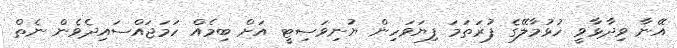
އޭނާ ވިދާޅާވީ ހުޅުމާލޭގެ ފުރަތަމަ ފިޔަވަހިން ޔުނިވަސިޓީ އަށް ބިމެއް ހަމަޖައްސައިދެވެން ނެތް